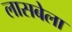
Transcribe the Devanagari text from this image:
लासबेला